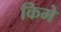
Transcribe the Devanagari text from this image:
किमे